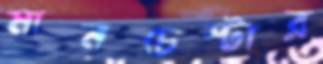
মানচেস্টার